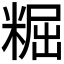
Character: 𥺷